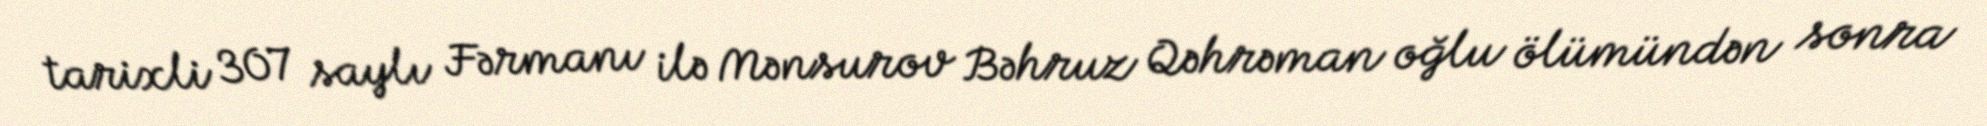
tarixli 307 saylı Fərmanı ilə Mənsurov Bəhruz Qəhrəman oğlu ölümündən sonra